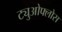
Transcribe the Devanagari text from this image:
ट्युओफ्लोस